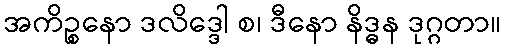
အကိဉ္စနော ဒလိဒ္ဒေါ စ၊ ဒီနော နိဒ္ဓန ဒုဂ္ဂတာ။